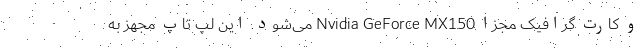
و کارت گرافیک مجزا Nvidia GeForce MX150 می‌شود. این لپ تاپ مجهز به